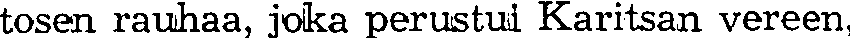
tosen rauhaa, joka perustui Karitsan vereen,